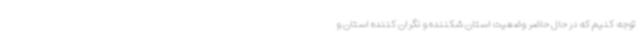
توجه کنیم که در حال حاضر وضعیت استان شکننده و نگران کننده استان و